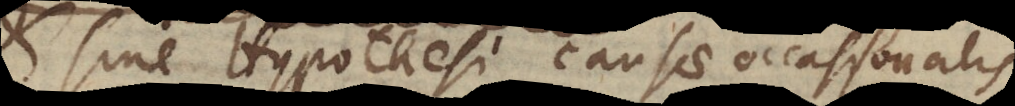
sine Hypothesi causae occa